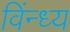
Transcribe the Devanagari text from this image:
विंन्ध्य